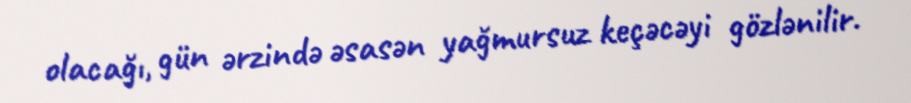
olacağı, gün ərzində əsasən yağmursuz keçəcəyi gözlənilir.